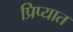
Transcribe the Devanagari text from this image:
प्रिप्यात